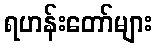
ရဟန်းတော်များ